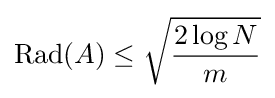
\operatorname {Rad} (A)\leq {\sqrt {2\log N \over m}}